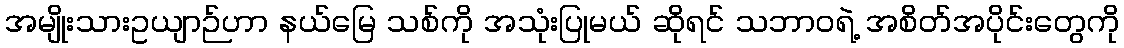
အမျိုးသားဥယျာဉ်ဟာ နယ်မြေ သစ်ကို အသုံးပြုမယ် ဆိုရင် သဘာဝရဲ့ အစိတ်အပိုင်းတွေကို